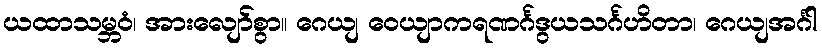
ယထာသမ္ဘဝံ၊ အားလျော်စွာ။ ဂေယျ ဝေယျာကရဏင်္ဂဒွယသင်္ဂဟိတာ၊ ဂေယျအင်္ဂါ